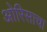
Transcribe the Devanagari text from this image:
ओरिसाचा